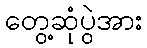
တွေ့ဆုံပွဲအား